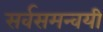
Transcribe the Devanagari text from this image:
सर्वसमन्‍वयी